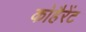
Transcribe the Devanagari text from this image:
कोहैरेंट